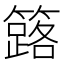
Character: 簬